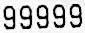
99999